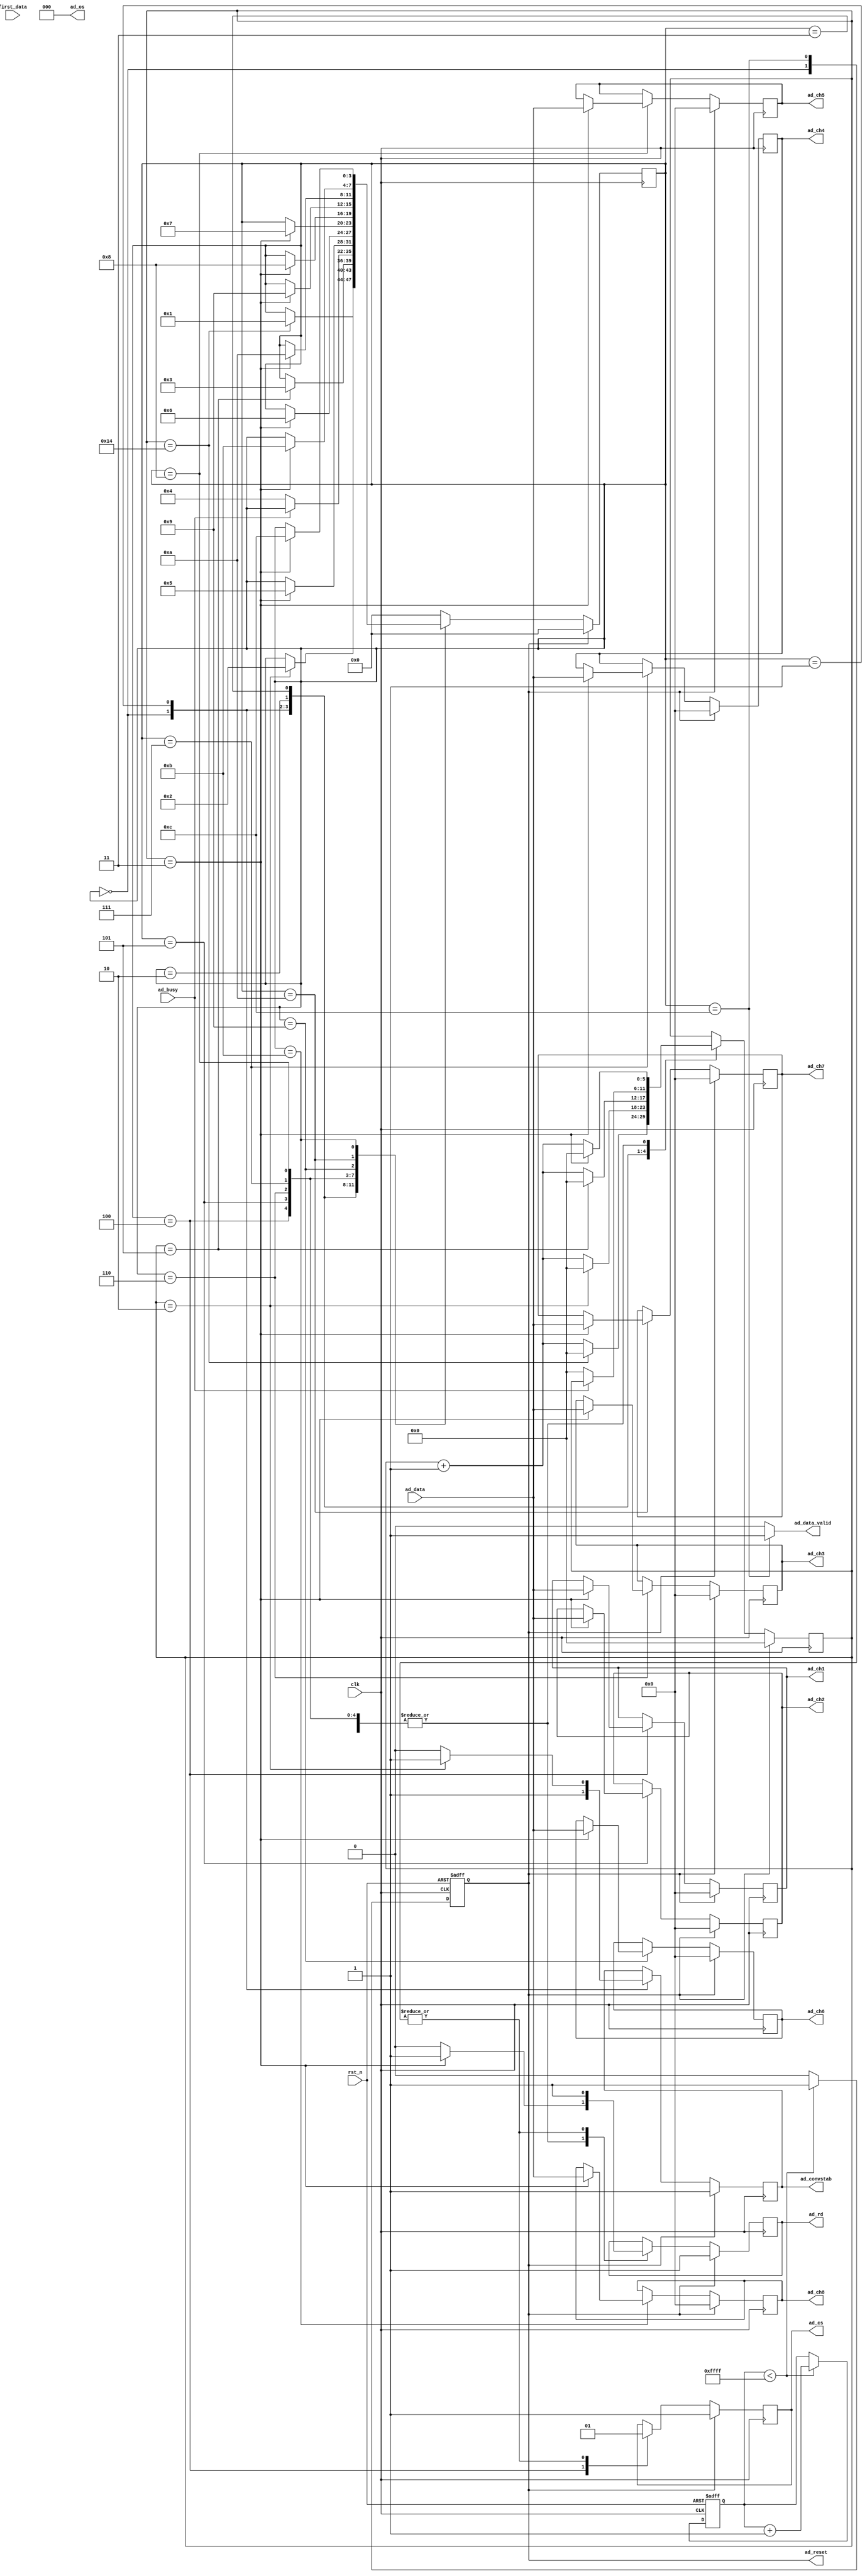
//////////////////////////////////////////////////////////////////////////////////
//                                                                              //
//                                                                              //
//          msq@qq.com                                                          //
//          ALINX(shanghai) Technology Co.,Ltd                                  //
//          heijin                                                              //
//     WEB: http://www.alinx.cn/                                                //
//     BBS: http://www.heijin.org/                                              //
//                                                                              //
//////////////////////////////////////////////////////////////////////////////////
//                                                                              //
// Copyright (c) 2017,ALINX(shanghai) Technology Co.,Ltd                        //
//                    All rights reserved                                       //
//                                                                              //
// This source file may be used and distributed without restriction provided    //
// that this copyright statement is not removed from the file and that any      //
// derivative work contains the original copyright notice and the associated    //
// disclaimer.                                                                  //
//                                                                              //
//////////////////////////////////////////////////////////////////////////////////

//================================================================================
//  Revision History:
//  Date          By            Revision    Change Description
//--------------------------------------------------------------------------------
//2017/8/28                   1.0          Original
//*******************************************************************************/
`timescale 1ns / 1ps
module ad7606_if(
	input                        clk,
	input                        rst_n,
	input [15:0]                 ad_data,             //ad7606 data
	input                        ad_busy,             //ad7606 busy
	input                        first_data,          //ad7606 first data
	output [2:0]                 ad_os,               //ad7606
	output reg                   ad_cs,               //ad7606 AD cs
	output reg                   ad_rd,               //ad7606 AD data read
	output reg                   ad_reset,            //ad7606 AD reset
	output reg                   ad_convstab,         //ad7606 AD convert start
	output                       ad_data_valid,
	output reg [15:0]            ad_ch1,
	output reg [15:0]            ad_ch2,
	output reg [15:0]            ad_ch3,
	output reg [15:0]            ad_ch4,
	output reg [15:0]            ad_ch5,
	output reg [15:0]            ad_ch6,
	output reg [15:0]            ad_ch7,
	output reg [15:0]            ad_ch8
);



reg [15:0]  rst_cnt;
reg [5:0]   i;
reg [3:0]   state;

parameter IDLE=4'd0;
parameter AD_CONV=4'd1;
parameter Wait_1=4'd2;
parameter Wait_busy=4'd3;
parameter READ_CH1=4'd4;
parameter READ_CH2=4'd5;
parameter READ_CH3=4'd6;
parameter READ_CH4=4'd7;
parameter READ_CH5=4'd8;
parameter READ_CH6=4'd9;
parameter READ_CH7=4'd10;
parameter READ_CH8=4'd11;
parameter READ_DONE=4'd12;

assign ad_os=3'b000;//NO OS
assign ad_data_valid = state == READ_DONE ? 1'b1 : 1'b0;
//The ad chip's reset signal must be set high pluse 50ns at least,then start to convert
always@(posedge clk or negedge rst_n)
begin
	if(rst_n == 1'b0)
	begin
		rst_cnt <= 16'd0;
		ad_reset <= 1'b0;
	end
	else if(rst_cnt < 16'hffff)
	begin
		rst_cnt <= rst_cnt + 16'd1;
		ad_reset <= 1'b1;
	end
	else
		ad_reset <= 1'b0;
end

always@(posedge clk)
begin
	if(ad_reset==1'b1)
	begin
		state <= IDLE;
		ad_ch1 <= 0;
		ad_ch2 <= 0;
		ad_ch3 <= 0;
		ad_ch4 <= 0;
		ad_ch5 <= 0;
		ad_ch6 <= 0;
		ad_ch7 <= 0;
		ad_ch8 <= 0;
		ad_cs <= 1'b1;
		ad_rd <= 1'b1;
		ad_convstab <= 1'b1;
		i <= 6'd0;
	end
	else
	begin
		case(state)
			IDLE:
			begin
				ad_cs<=1'b1;
				ad_rd<=1'b1;
				ad_convstab<=1'b1;
				if(i==20)
				begin
					i <= 6'd0;
					state<=AD_CONV;
				end
				else
					i <= i + 6'd1;
			end
			AD_CONV:
			begin
				if(i==2)                                  //wait 2 clock
				begin                          
					i <= 6'd0;
					state<=Wait_1;
					ad_convstab<=1'b1;
				end
				else 
				begin
					i <= i + 6'd1;
					ad_convstab<=1'b0;       
				end
			end
			Wait_1:
			begin
				if(i==5) 
				begin                                     //wait 5 clock
					i <= 6'd0;
					state<=Wait_busy;
				end
				else
					i <= i + 6'd1;
			end
			Wait_busy:
			begin
				if(ad_busy==1'b0) 
				begin                                     //wait busy low
					i <= 6'd0;
					state<=READ_CH1;
				end
			end
			READ_CH1:
			begin
				ad_cs<=1'b0;                              //cs valid
				if(i==3) 
				begin
					ad_rd<=1'b1;
					i <= 6'd0;
					ad_ch1<=ad_data;                        //read CH1
					state<=READ_CH2;
				end
				else 
				begin
					ad_rd<=1'b0;
					i <= i + 6'd1;
				end
			end
			READ_CH2:
			begin
				if(i==3) 
				begin
					ad_rd<=1'b1;
					i <= 6'd0;
					ad_ch2<=ad_data;                        //read CH2
					state<=READ_CH3;
				end
				else 
				begin
					ad_rd<=1'b0;
					i <= i + 6'd1;
				end
			end
			READ_CH3:
			begin
				if(i==3) 
				begin
					ad_rd<=1'b1;
					i <= 6'd0;
					ad_ch3<=ad_data;                        //read CH3
					state<=READ_CH4;
				end
				else 
				begin
					ad_rd<=1'b0;
					i <= i + 6'd1;
				end
			end
			READ_CH4: 
			begin
				if(i==3) 
				begin
					ad_rd<=1'b1;
					i <= 6'd0;
					ad_ch4<=ad_data;                        //read CH4
					state<=READ_CH5;
				end
				else 
				begin
					ad_rd<=1'b0;
					i <= i + 6'd1;
				end
			end
			READ_CH5:
			begin
				if(i==3) 
				begin
					ad_rd<=1'b1;
					i <= 6'd0;
					ad_ch5<=ad_data;                        //read CH5
					state<=READ_CH6;
				end
				else 
				begin
					ad_rd<=1'b0;
					i <= i + 6'd1;
				end
			end
			READ_CH6:
			begin
				if(i==3) 
				begin
					ad_rd<=1'b1;
					i <= 6'd0;
					ad_ch6<=ad_data;                        //read CH6
					state<=READ_CH7;
				end
				else 
				begin
					ad_rd<=1'b0;
					i <= i + 6'd1;
				end
			end
			READ_CH7:
			begin
				if(i==3) 
				begin
					ad_rd<=1'b1;
					i <= 6'd0;
					ad_ch7<=ad_data;                        //read CH7
					state<=READ_CH8;
				end
				else 
				begin
					ad_rd<=1'b0;
					i <= i + 6'd1;
				end
			end
			READ_CH8:
			begin
				if(i==3) 
				begin
					ad_rd<=1'b1;
					i <= 6'd0;
					ad_ch8<=ad_data;                        //read CH8
					state<=READ_DONE;
				end
				else 
				begin
					ad_rd<=1'b0;
					i <= i + 6'd1;
				end
			end
			READ_DONE:
			begin
				ad_rd<=1'b1;
				ad_cs<=1'b1;
				state<=IDLE;
			end
			default:
				state<=IDLE;
		 endcase
	end

 end

endmodule